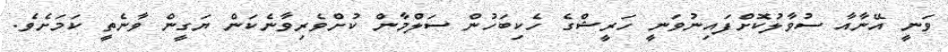
ވަނީ އޭނާއާ ސުވާލުކޮށްފައިނުވަނީ ހަރީޝްގެ ހެކިބަހުން ސަލްމާން ކުށްވެރިވާނެކަން ޔަގީން ވާނެތީ ކަމަށެވެ.